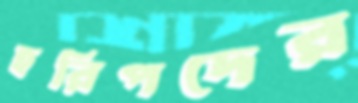
হরিপদের